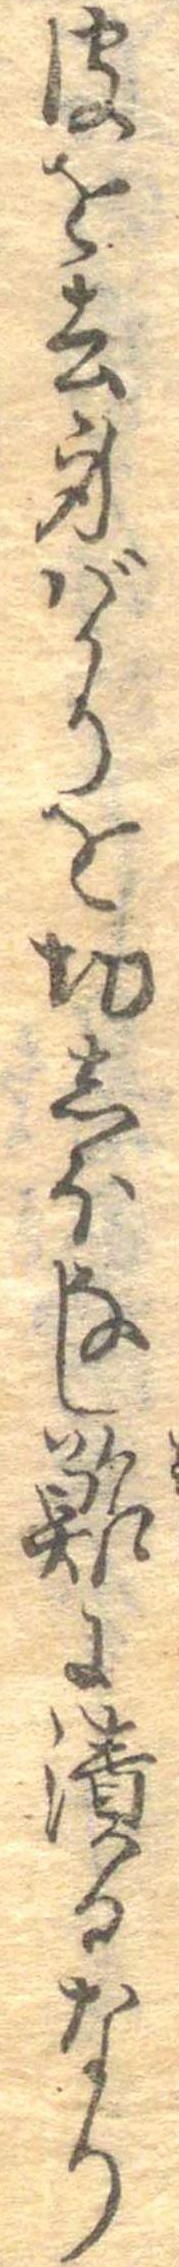
皮を去身ばかりを切しほなし鮓に漬るなり